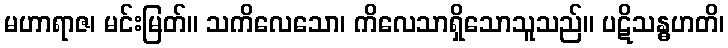
မဟာရာဇ၊ မင်းမြတ်။ သကိလေသော၊ ကိလေသာရှိသောသူသည်။ ပဋိသန္ဓဟတိ၊